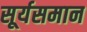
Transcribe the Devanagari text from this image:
सूर्यसमान